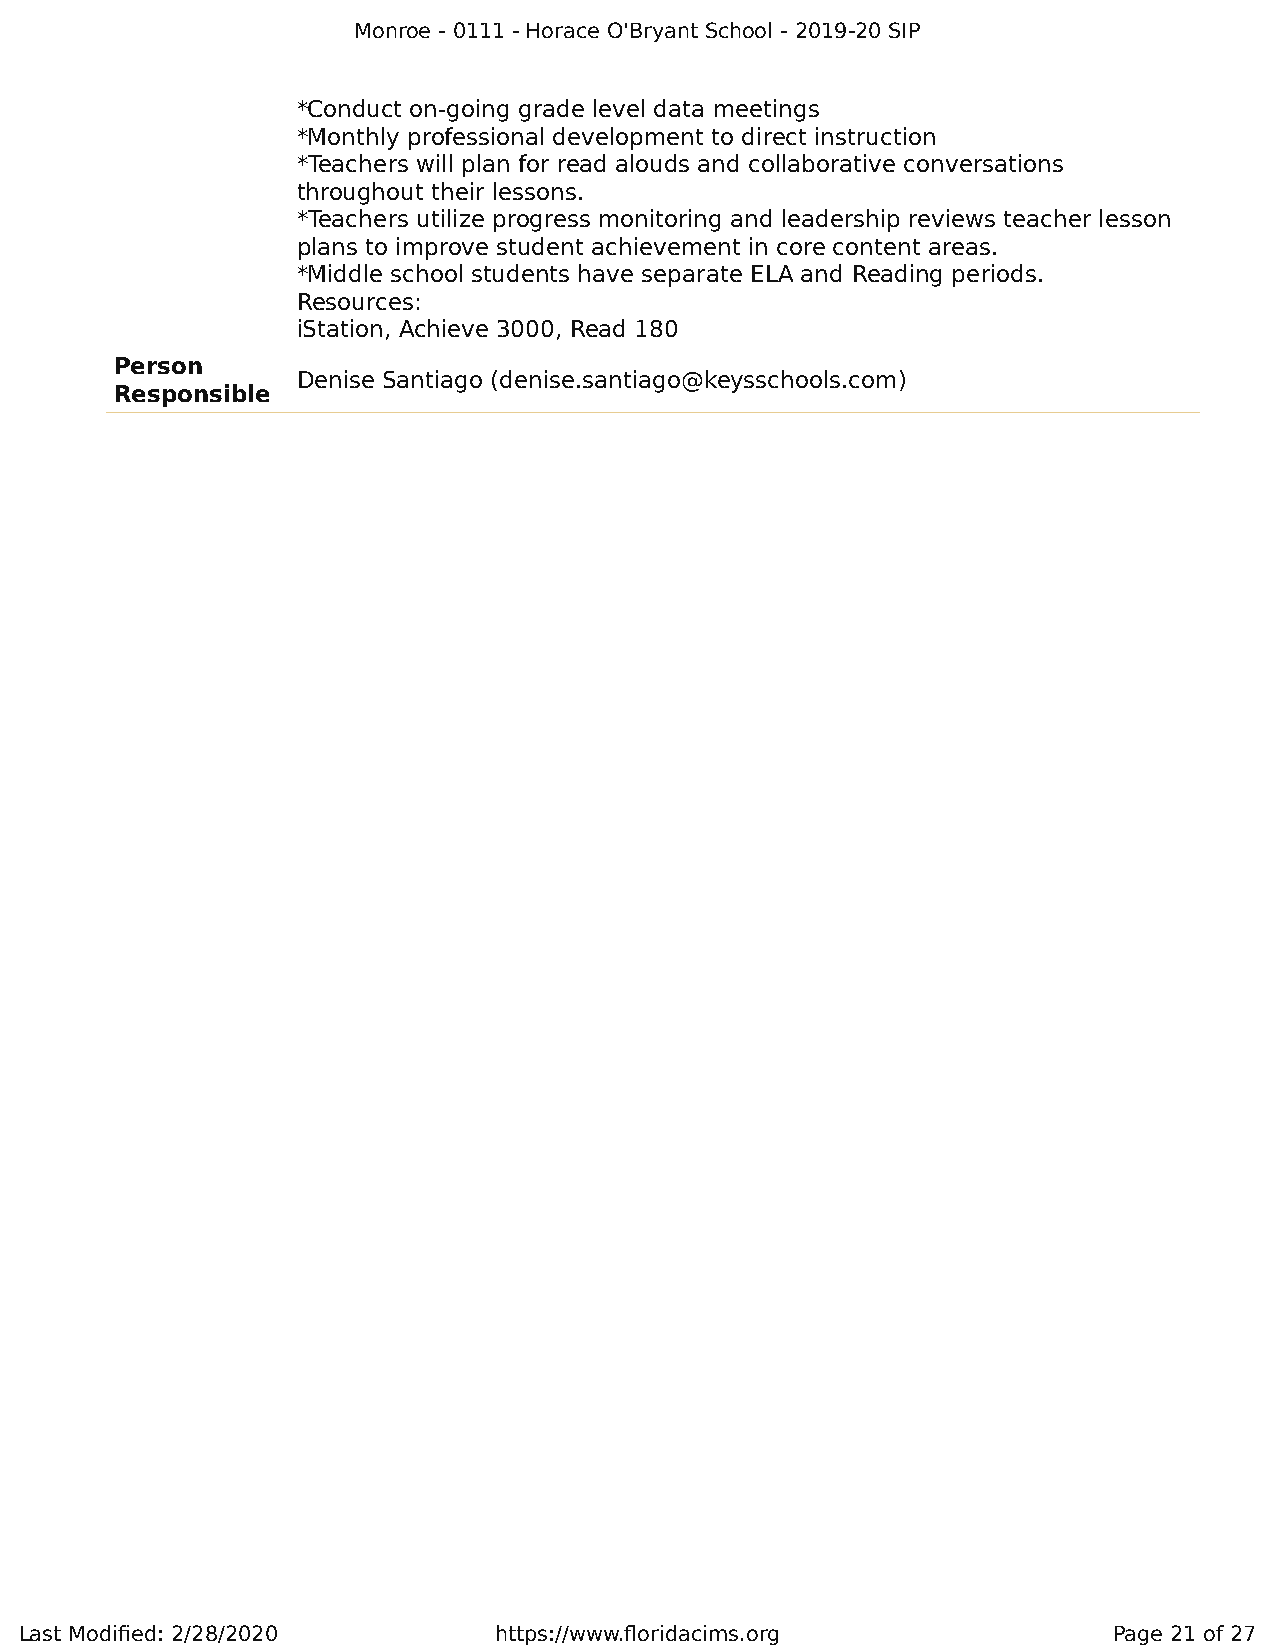
Monroe - 0111 - Horace O'Bryant School - 2019-20 SIP
 *Conduct on-going grade level data meetings
 *Monthly professional development to direct instruction
 *Teachers will plan for read alouds and collaborative conversations
 throughout their lessons.
 *Teachers utilize progress monitoring and leadership reviews teacher lesson
 plans to improve student achievement in core content areas.
 *Middle school students have separate ELA and Reading periods.
 Resources:
 iStation, Achieve 3000, Read 180
 Person
 Denise Santiago (denise.santiago@keysschools.com)
 Responsible
 Last Modified: 2/28/2020        https://www.floridacims.org              Page 21 of 27